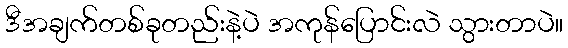
ဒီအချက်တစ်ခုတည်းနဲ့ပဲ အကုန်ပြောင်းလဲ သွားတာပဲ။